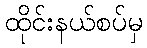
ထိုင်းနယ်စပ်မှ